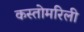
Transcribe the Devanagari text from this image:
कस्तोमरिली